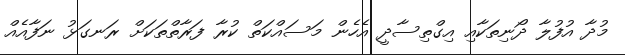
މުދާ އުފުލާ ދޯނިތަކާއި އިގްތިސާދީ އެހެން މަސައްކަތް ކުރާ ފަރާތްތަކަށް ރަނގަޅު ނަފާއެއް